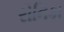
રોનિકા